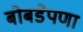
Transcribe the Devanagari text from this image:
बोबडेपणा